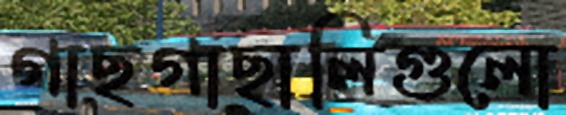
গাছগাছালিগুলো